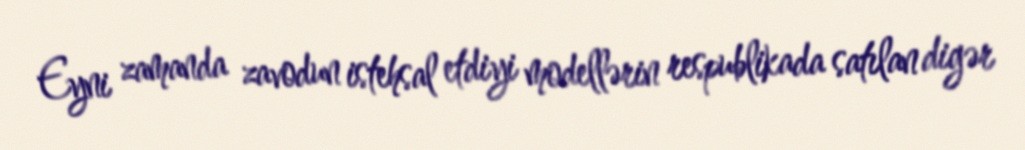
Eyni zamanda zavodun istehsal etdiyi modellərin respublikada satılan digər